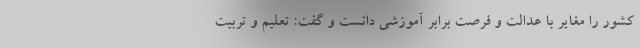
کشور را مغایر با عدالت و فرصت برابر آموزشی دانست و گفت: تعلیم و تربیت